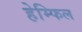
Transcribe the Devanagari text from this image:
हेम्फिल